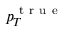
p _ { T } ^ { \mathrm { ~ t ~ r ~ u ~ e ~ } }